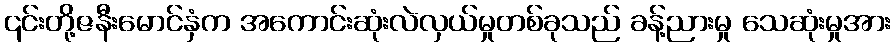
၎င်းတို့ဇနီးမောင်နှံက အကောင်းဆုံးလဲလှယ်မှုတစ်ခုသည် ခန့်ညားမှု သေဆုံးမှုအား